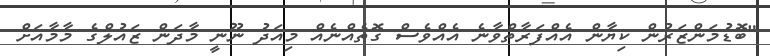
"ބޮޑުމަންޒަރުން ކިޔާން އެއްފަރާތްވާނެ އެއްވެސް ގޮތެއްނެއް މިއަދު ނޫނީ މާދަން ޒައުލްގެ މާމާއަށް